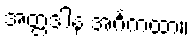
အတ္တဒါန အင်္ဂကထာ။